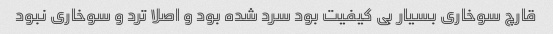
قارچ سوخاری بسیار بی کیفیت بود سرد شده بود و اصلا ترد و سوخاری نبود